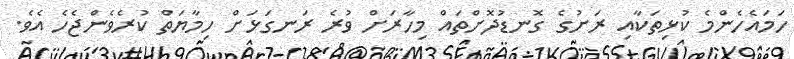
ހަމައެހެންމެ ކުޅިތަކާއި ރަށުގެ ގޮނޑުދޮށްތައް މިހާރަށް ވުރެ ރަނގަޅަށް ހިމާޔަތް ކުރެވެންޖެހެ އެވެ.